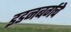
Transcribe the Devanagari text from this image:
इडनबर्गचे